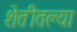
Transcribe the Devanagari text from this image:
शेतीतल्या